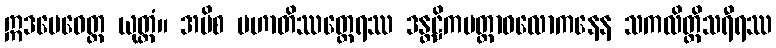
ဣဒမေဝေတ္ထ ယုတ္တံ။ အပိစ မဟာတိဿတ္ထေရဿ ဒန္တဋ္ဌိကမတ္တာဝလောကနေန သကလိတ္ထိသရီရဿ